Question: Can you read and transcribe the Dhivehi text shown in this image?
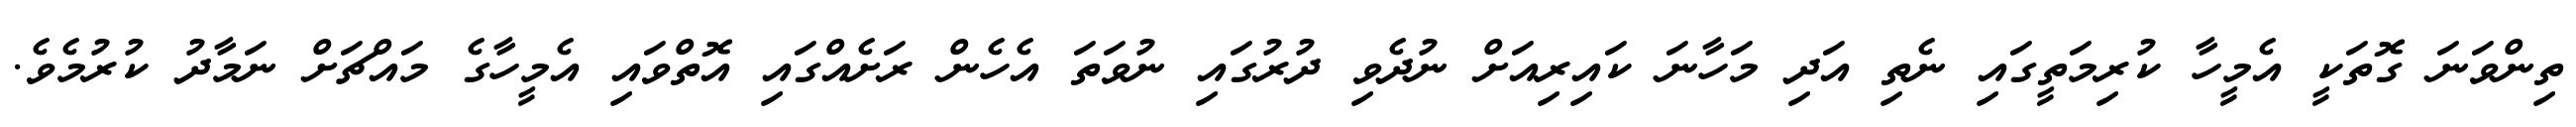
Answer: ތިންވަނަ ގޮތަކީ އެމީހާ ކުރިމަތީގައި ނެތި އަދި މަހާނަ ކައިރިއަށް ނުދެވި ދުރުގައި ނުވަތަ އެހެން ރަށެއްގައި އޮތްވައި އެމީހާގެ މައްޗަށް ނަމާދު ކުރުމެވެ.